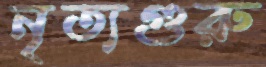
নৃত্যগুরু